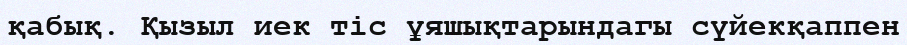
қабық. Қызыл иек тіс ұяшықтарындагы сүйекқаппен